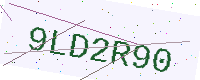
Text: 9LD2R90